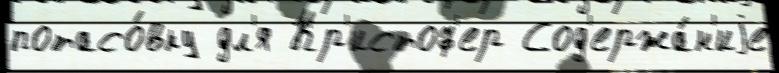
потасо́вку дл'я Кр'истоф'ер Сод'ержа́н'иjе